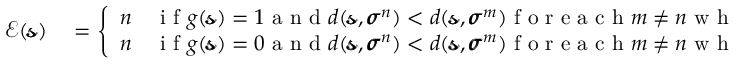
\begin{array} { r l } { \mathcal { E } ( \pmb { \mathscr { s } } ) } & { { } = \left\{ \begin{array} { l l } { n } & { \mathrm { ~ i ~ f ~ } g ( \pmb { \mathscr { s } } ) = 1 \mathrm { ~ a ~ n ~ d ~ } d ( \pmb { \mathscr { s } } , \pmb { \sigma } ^ { n } ) < d ( \pmb { \mathscr { s } } , \pmb { \sigma } ^ { m } ) \mathrm { ~ f ~ o ~ r ~ e ~ a ~ c ~ h ~ } m \neq n \mathrm { ~ w ~ h ~ e ~ r ~ e ~ } m , n \in \{ 1 , . . . , 1 0 \} } \\ { n } & { \mathrm { ~ i ~ f ~ } g ( \pmb { \mathscr { s } } ) = 0 \mathrm { ~ a ~ n ~ d ~ } d ( \pmb { \mathscr { s } } , \pmb { \sigma } ^ { n } ) < d ( \pmb { \mathscr { s } } , \pmb { \sigma } ^ { m } ) \mathrm { ~ f ~ o ~ r ~ e ~ a ~ c ~ h ~ } m \neq n \mathrm { ~ w ~ h ~ e ~ r ~ e ~ } m , n \in \{ 1 1 , . . . , 1 0 0 \} } \end{array} \right. } \end{array}